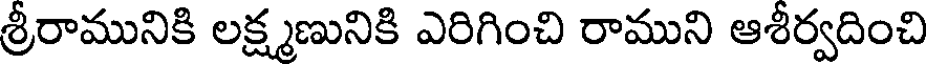
శ్రీరామునికి లక్ష్మణునికి ఎరిగించి రాముని ఆశీర్వదించి